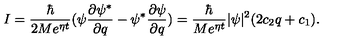
I = \frac \hbar { 2 M e ^ { \eta t } } ( \psi \frac { \partial \psi ^ { * } } { \partial q } - \psi ^ { * } \frac { \partial \psi } { \partial q } ) = \frac \hbar { M e ^ { \eta t } } | \psi | ^ { 2 } ( 2 c _ { 2 } q + c _ { 1 } ) .